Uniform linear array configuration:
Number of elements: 24
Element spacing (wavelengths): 0.5
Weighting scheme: exponential
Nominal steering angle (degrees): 15
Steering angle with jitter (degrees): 16.248
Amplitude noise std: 0.05
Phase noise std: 0.05

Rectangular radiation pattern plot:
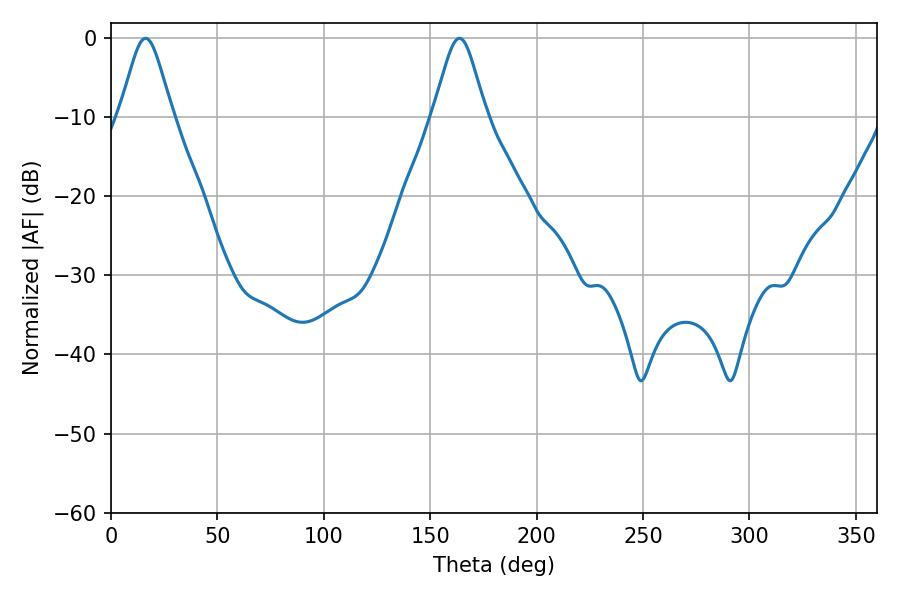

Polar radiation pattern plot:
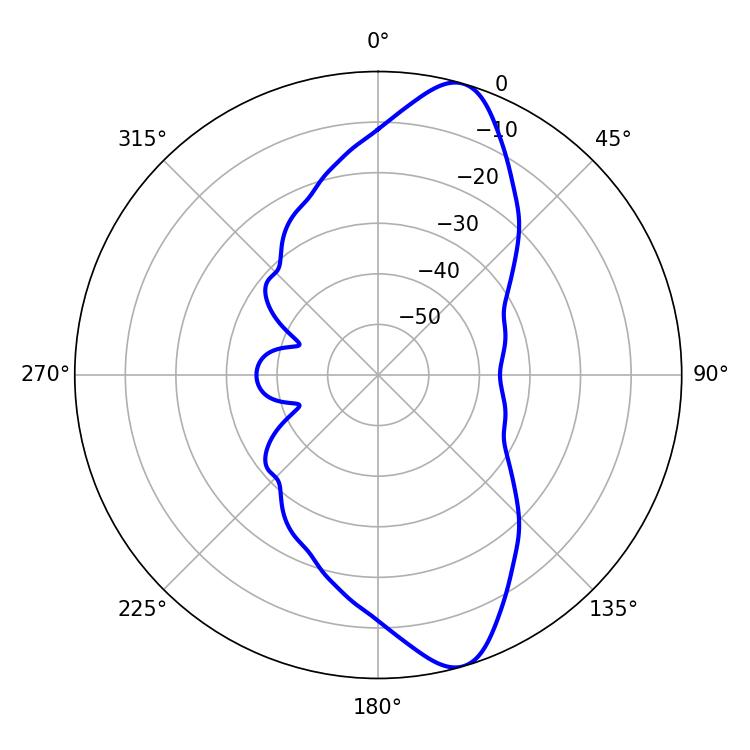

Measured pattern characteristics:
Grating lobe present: FALSE
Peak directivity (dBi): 11.48
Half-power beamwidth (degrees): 12.06
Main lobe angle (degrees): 16.2